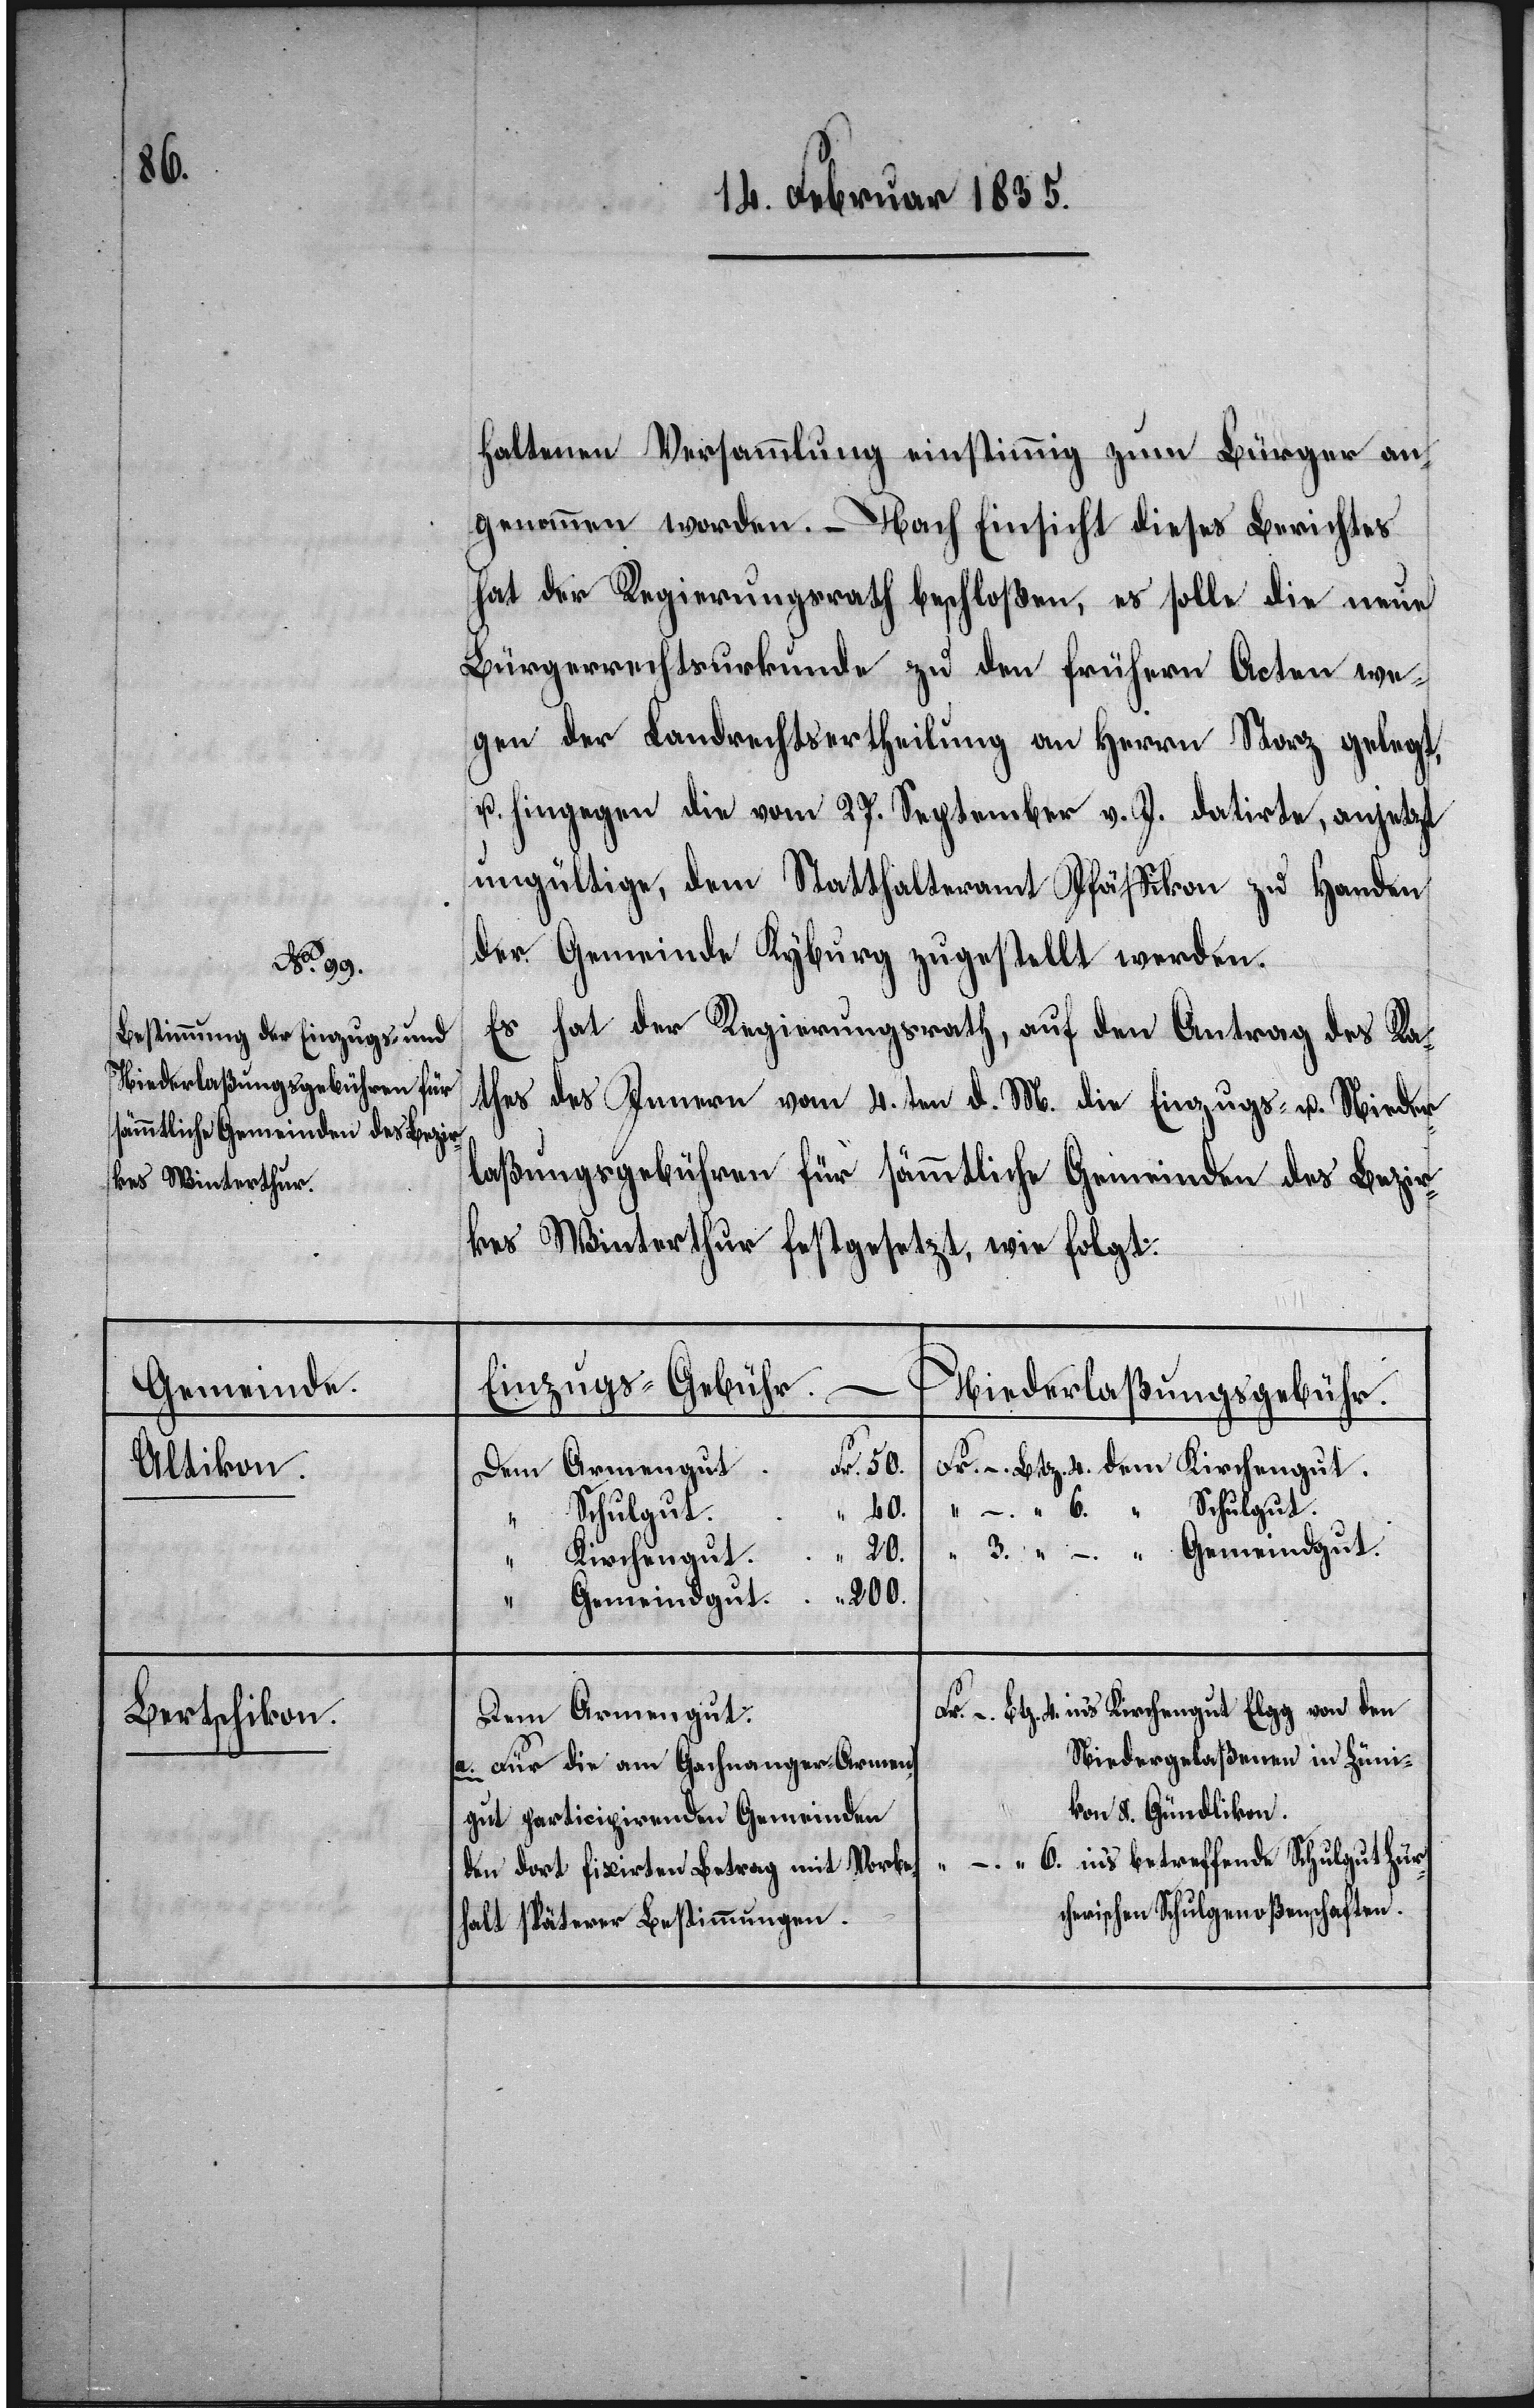
6.

Gemeinde.
Altikon.
Bertschikon.

haltenen Versammlung einstimmig zum Bürger an¬
genommen worden. – Nach Einsicht dieses Berichtes
hat der Regierungsrath beschloßen, es solle die neue
Bürgerrechtsurkunde zu den frühern Acten we¬
gen der Landrechtsertheilung an Herrn Storz gelegt
u. hingegen die vom 27. September v. J. datirte, anjetzt
ungültige, dem Statthalteramt Pfäffikon zu Handen
der Gemeinde Kyburg zugestellt werden.
Es hat der Regierungsrath, auf den Antrag des Ra¬
thes des Innern vom 4. ten d. M. die Einzugs- u. Nieder¬
laßungsgebühren für sämmtliche Gemeinden des Bezir¬
kes Winterthur festgesetzt, wie folgt:
Einzugs–Gebühr.
Niederlaßungsgebühr.
Fr. 50.
Fr. – Btz. 4. dem Kirchengut
40.
Schulgut.
20.
Kirchengut
“ 200.
3.
Gemeindgut.
Dem Armengut
a. Für die am Gachnanger-Armen¬
gut participirenden Gemeinden
den dort fixirten Betrag mit Vorbe¬
halt späterer Bestimmungen.